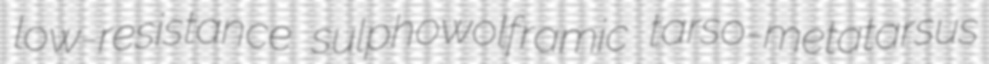
low-resistance sulphowolframic tarso-metatarsus